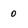
Character: 0